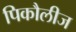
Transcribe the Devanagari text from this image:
पिकौलीज